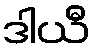
ဒါယီ